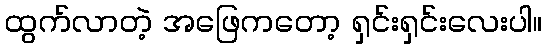
ထွက်လာတဲ့ အဖြေကတော့ ရှင်းရှင်းလေးပါ။